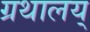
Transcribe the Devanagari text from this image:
ग्रथालय्